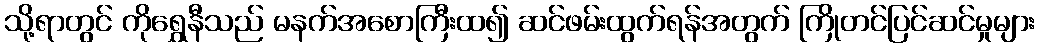
သို့ရာတွင် ကိုရွှေနီသည် မနက်အစောကြီးထ၍ ဆင်ဖမ်းထွက်ရန်အတွက် ကြိုတင်ပြင်ဆင်မှုများ